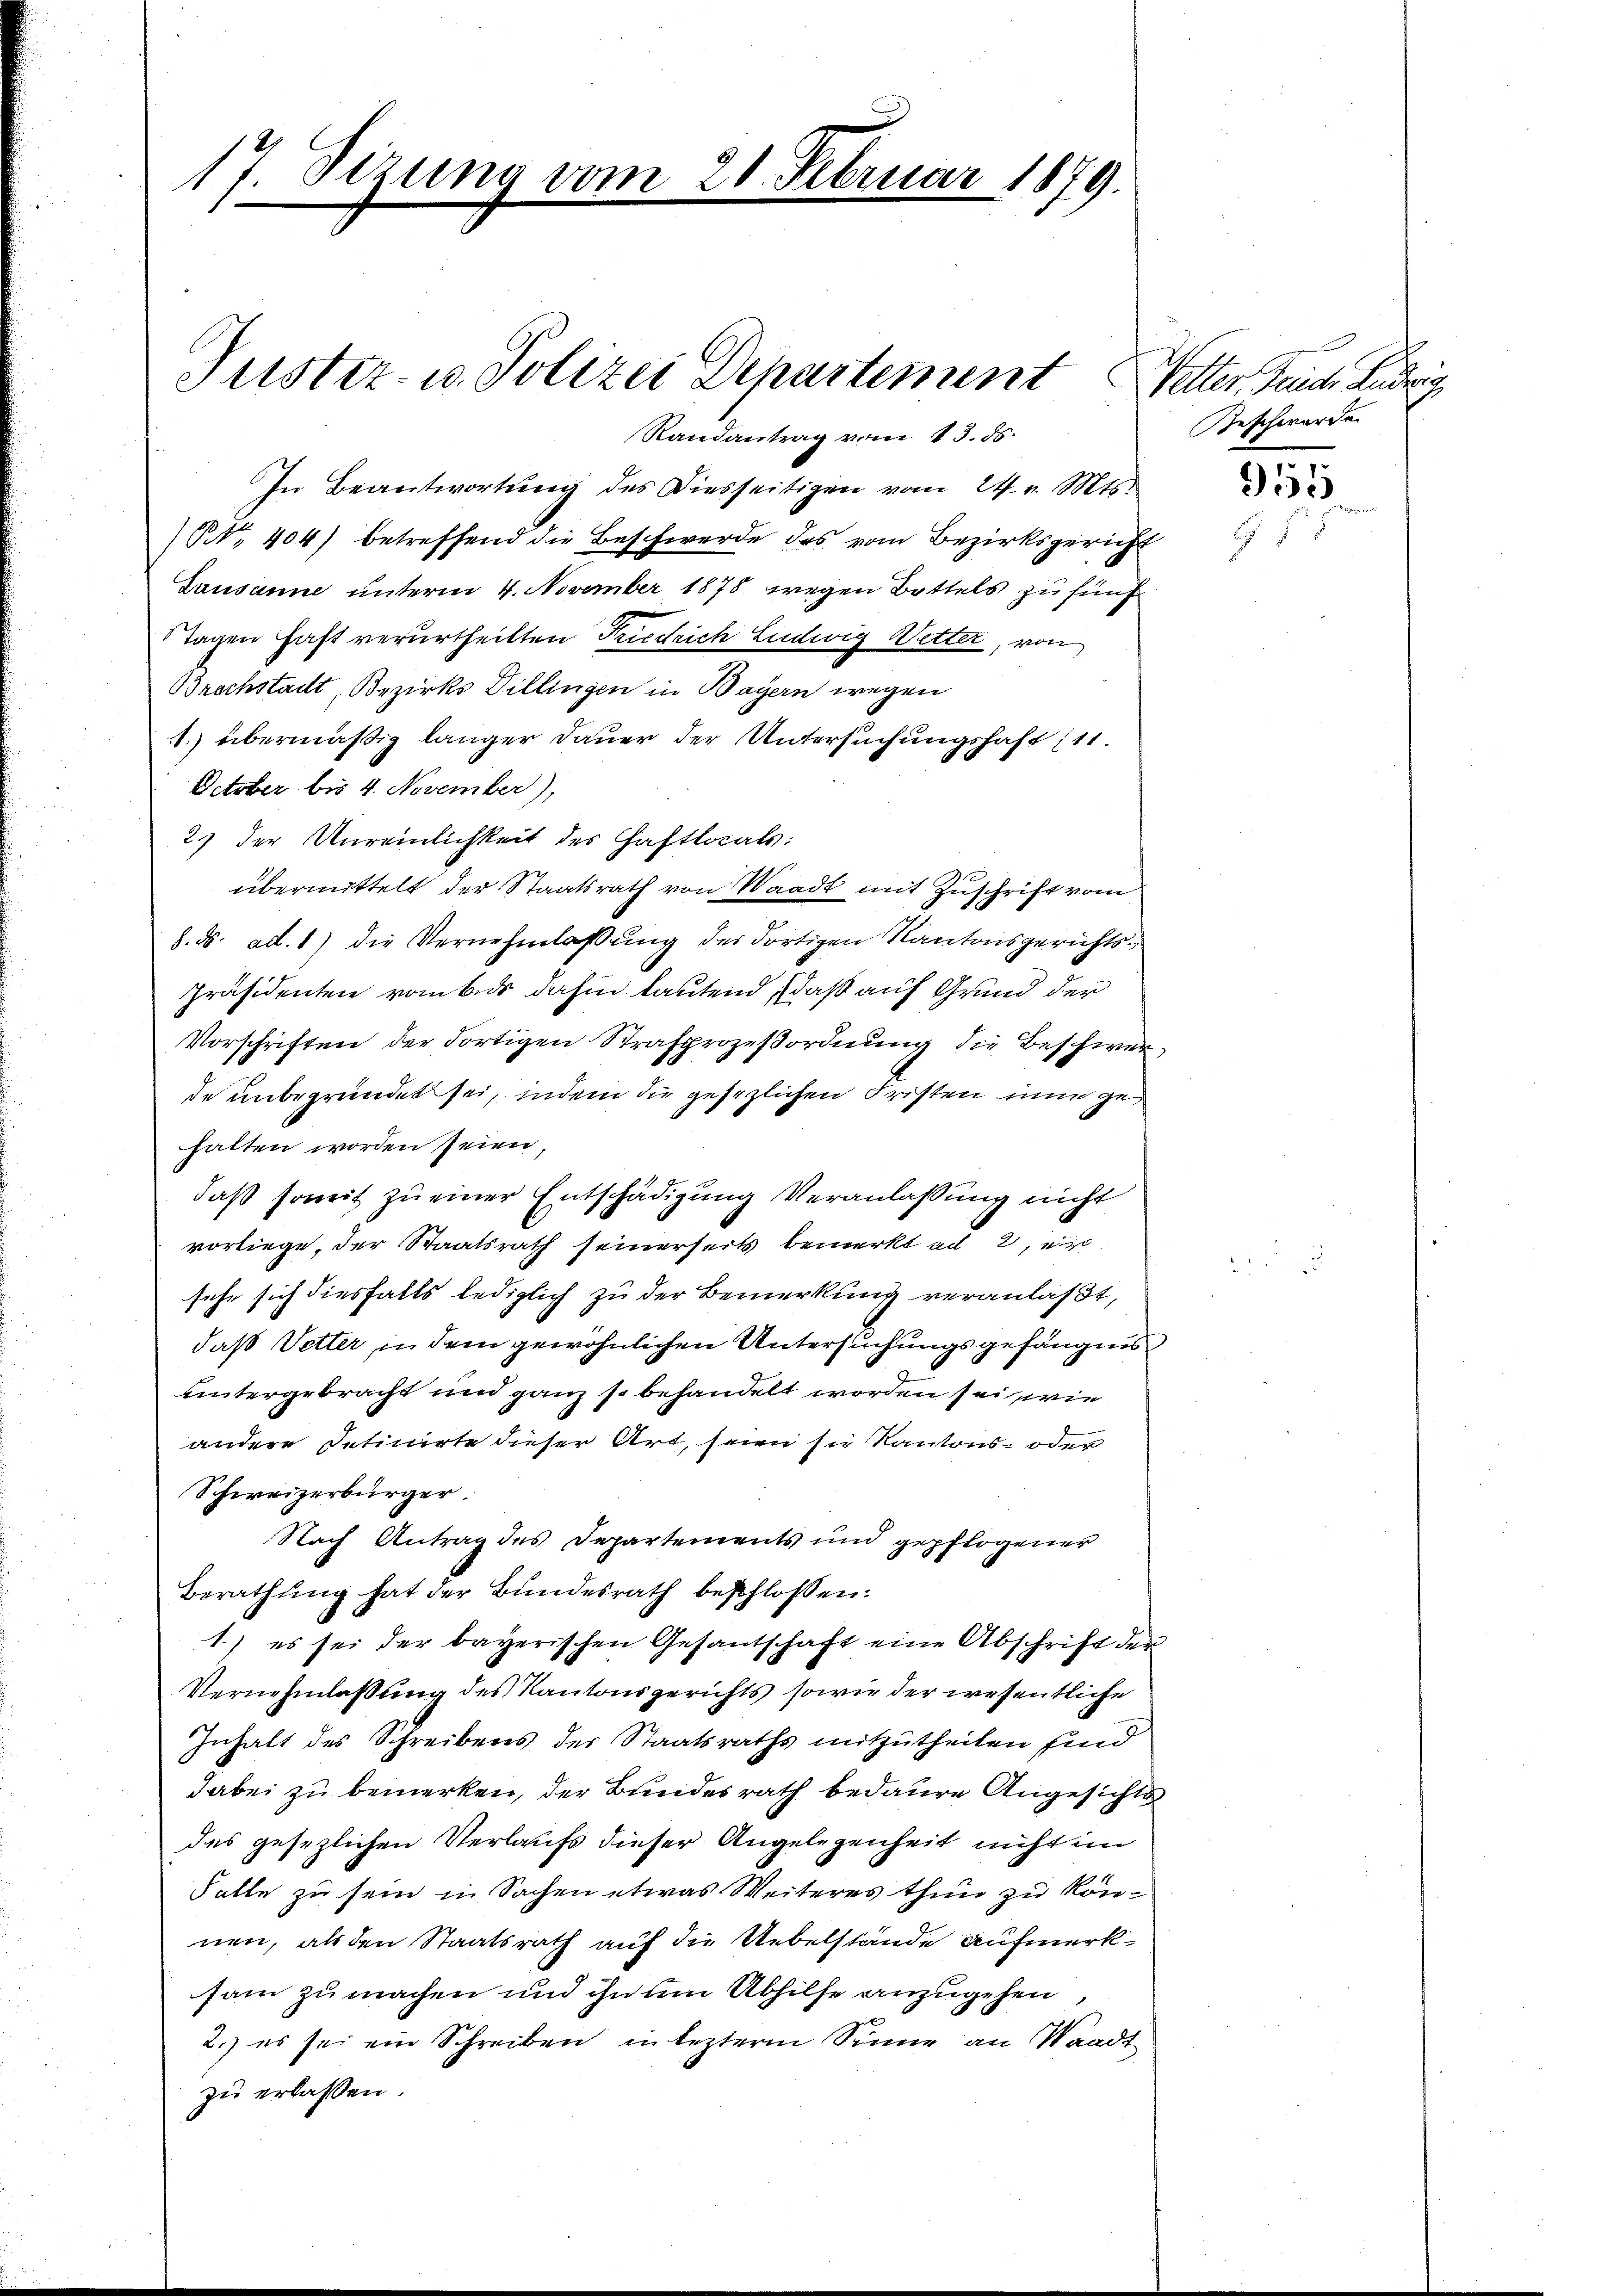
17. Sizung vom
g

Randantrag vom 13. ds.
In Beantwortung des Diesseitigen vom 24. v. Mts.
NNo. 404) betreffend die Beschwerde des vom Bezirksgericht
Lausanne unterm 4. November 1878 wegen Bottels zu fünf
Tagen haft verurtheilten Friedrich Ludwig Wetter, von
Brachstadt, Bezirks Dillingen in Bayern wegen
1. übermäßig länger Dauer der Untersuchungshaft (11.
October bis 4. November),
2.) der Unreinlichkeit des Haftlocals:
übermittelt der Staatsrath von Waadt mit Zuschrift vom
8. ds. ad. 1) die Vernehmlassung des dortigen Kantonsgerichts¬
Präsidenten vom bis dahin lautend, daß auf Grund der
Vorschriften der dortigen Strafprozeβordnŭng die Beschwer
de unbegründet sei, indem die gesezlichen Fristen nun gehalten worden seien,
daß soweit zu einer Entschädigung Veranlassung nicht
vorliege, der Staatsrath seinerseits bemerkt ad 2, ein
sehe sich diesfalls lediglich zu der Bemerkung veranlasst,
daß Vetter in dem gewöhnlichen Untersuchungsgefängnis
untergebracht und ganz so behandelt worden sei, wie
andere detinirte dieser Art, seien sie Kantons- oder
Schweizerbürger
Nach Antrag des Departements und gepflogener
Berathung hat der Bundesrath beschlossen:
1.) es sei der bayerischen Gesantschaft eine Abschrift der
Vernehmlassung des Kantonsgerichts sowie der wesentliche
Inhalt des Schreibens der Staatsraths mitzutheilen sind
dabei zu bemerken, der Bundesrath bedaure Angesichte
des gesezlichen Verlaufs dieser Angelegenheit nicht im
Falle zu sein in Sachen etwas Weiteres thun zu können, als den Staatsrath auf die Uebelstände Aufmerksam zu machen und ihn um Abhilfe anzugehen
2.) es sei ein Schreiben in lezterm Sinne an Waadt
zu erlassen.

Puster- u. Polizei Departement

21. Februar 1879.

Wetter Feinde Ludwig
Geschwerde

355